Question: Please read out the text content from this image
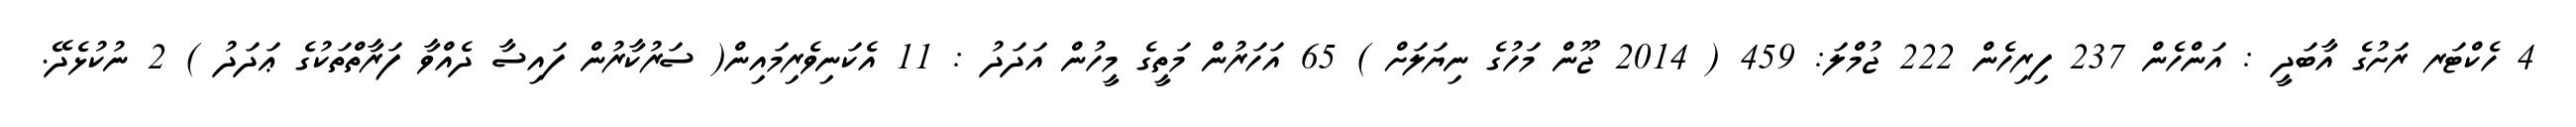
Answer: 4 ހެކްޓަރ ރަށުގެ އާބަދީ : އަންހެން 237 ފިރިހެން 222 ޖުމްލަ: 459 ( 2014 ޖޫން މަހުގެ ނިޔަލަށް ) 65 އަހަރުން މަތީގެ މީހުން އަދަދު : 11 އެކަނިވެރިމައިން( ސަރުކާރުން ފައިސާ ދެއްވާ ފަރާތްތަކުގެ ޢަދަދު ) 2 ނުކުޅެދޭ.